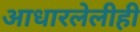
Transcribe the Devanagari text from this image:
आधारलेलीही